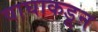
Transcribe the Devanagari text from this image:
वाघाकडून